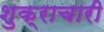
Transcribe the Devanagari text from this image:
शुक्राचारी